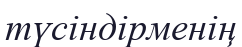
түсіндірменің